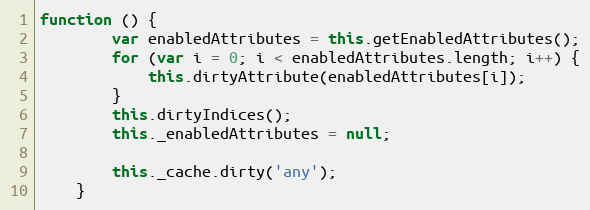
Language: JavaScript
function () {
        var enabledAttributes = this.getEnabledAttributes();
        for (var i = 0; i < enabledAttributes.length; i++) {
            this.dirtyAttribute(enabledAttributes[i]);
        }
        this.dirtyIndices();
        this._enabledAttributes = null;

        this._cache.dirty('any');
    }